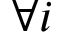
\forall i